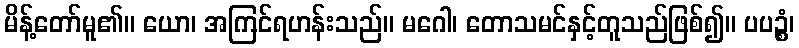
မိန့်တော်မူ၏။ ယော၊ အကြင်ရဟန်းသည်။ မဂေါ၊ တောသမင်နှင့်တူသည်ဖြစ်၍။ ပပဉ္စံ၊